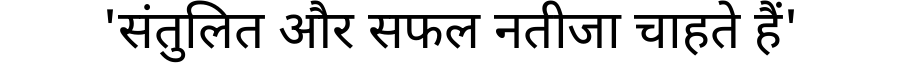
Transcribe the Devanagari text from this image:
'संतुलित और सफल नतीजा चाहते हैं'